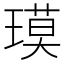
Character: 𬎇